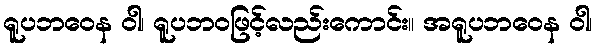
ရူပဘဝေန ဝါ၊ ရူပဘဝဖြင့်လည်းကောင်း။ အရူပဘဝေန ဝါ၊